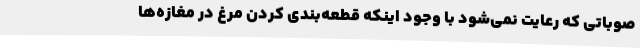
صوباتی که رعایت نمی‌شود با وجود اینکه قطعه‌بندی کردن مرغ در مغازه‌ها